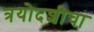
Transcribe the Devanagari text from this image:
त्रयोदशीचा